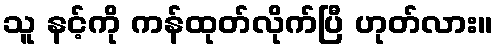
သူ နင့်ကို ကန်ထုတ်လိုက်ပြီ ဟုတ်လား။